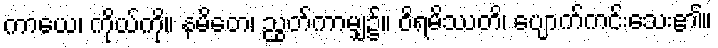
ကာယေ၊ ကိုယ်ကို။ နမိတေ၊ ညွတ်ကာမျှ၌။ ဝိရမိဿတိ၊ ပျောက်ကင်းသေး၏။